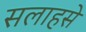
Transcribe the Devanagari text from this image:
सलाहसे